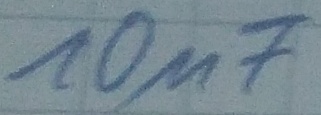
Text: 10µF